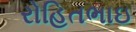
રોહિતભાઇ